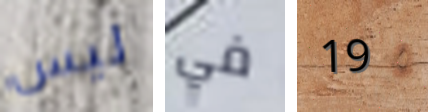
ليس في 19